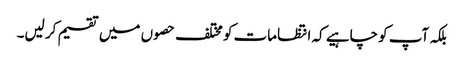
بلکہ آپ کو چاہیے کہ انتظامات کو مختلف حصو ں میں تقسیم کر لیں۔